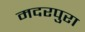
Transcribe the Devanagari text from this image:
मदरपुरा